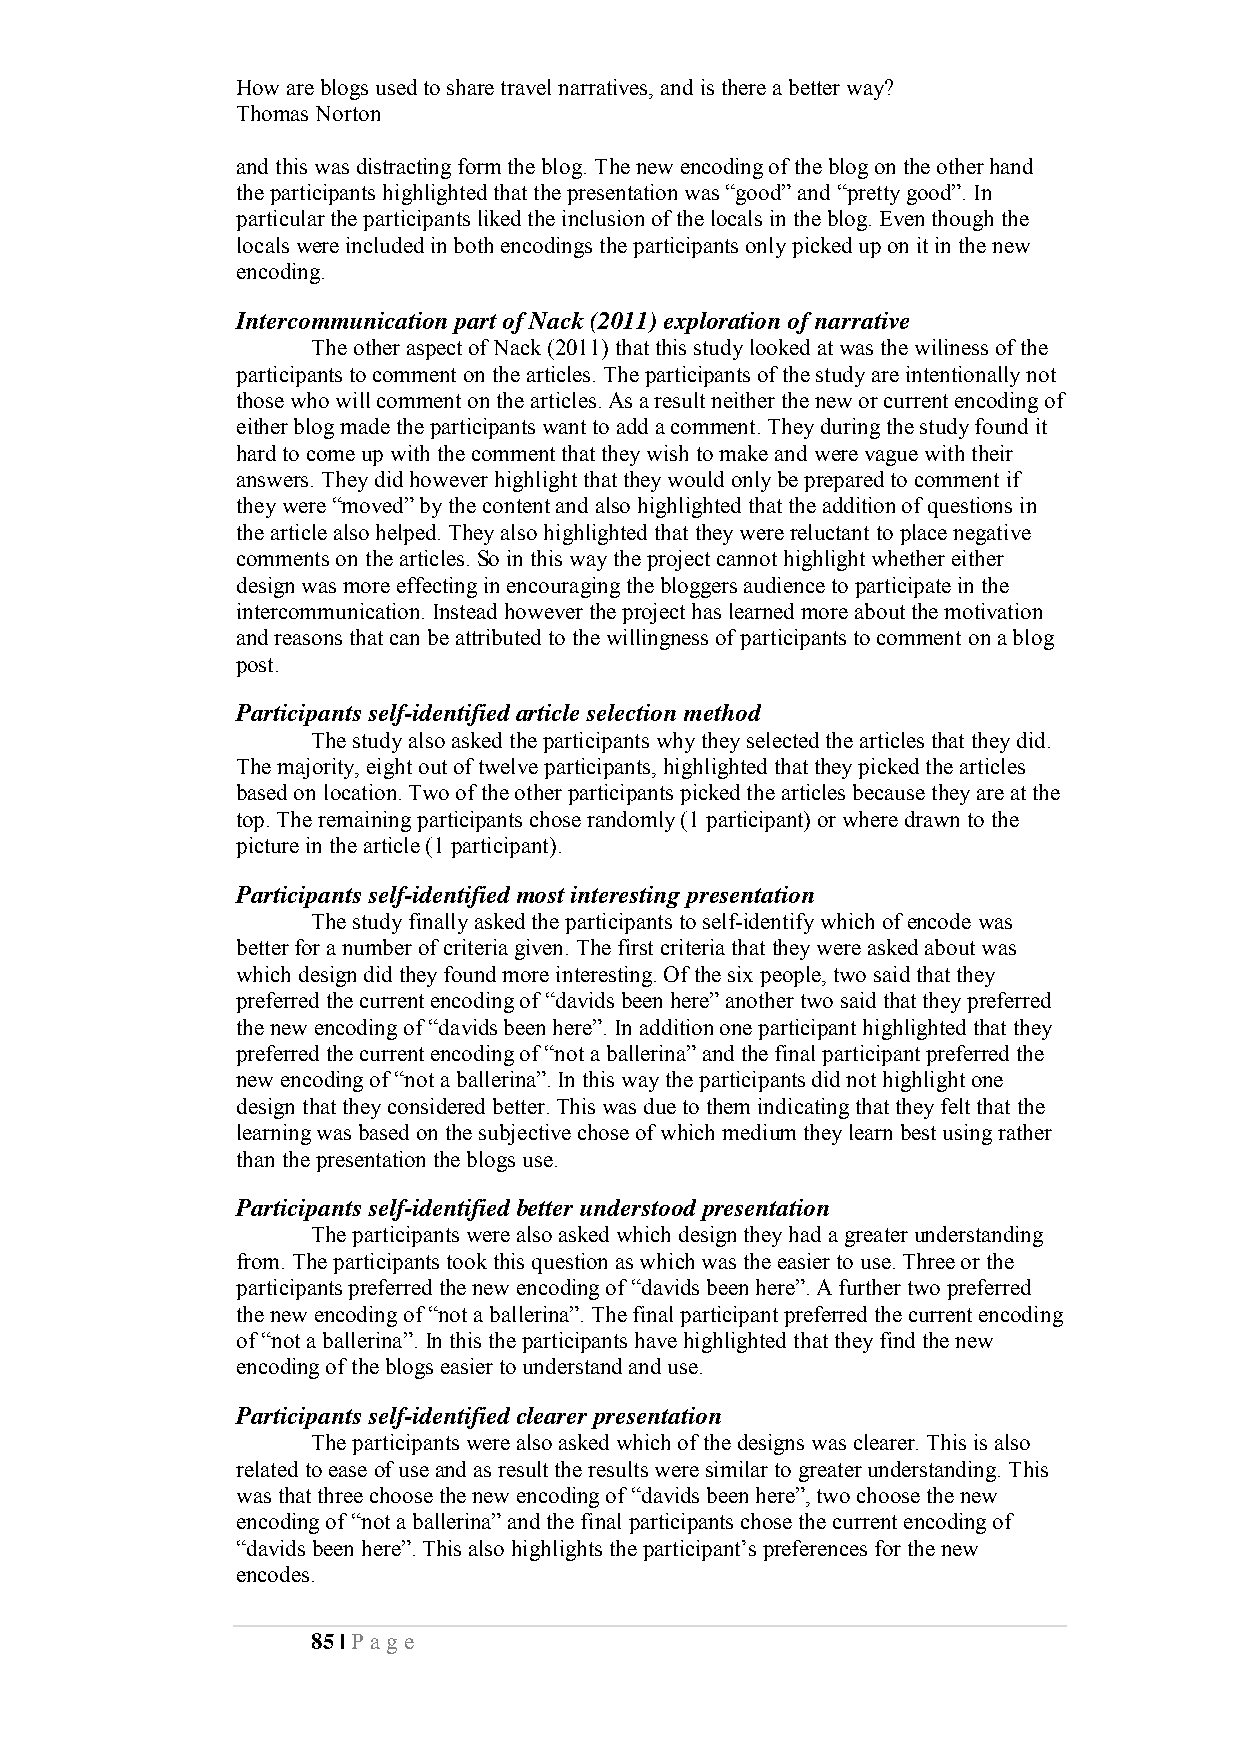
How are blogs used to share travel narratives, and is there a better way?
 Thomas Norton
 and this was distracting form the blog. The new encoding of the blog on the other hand
 the participants highlighted that the presentation was “good” and “pretty good”. In
 particular the participants liked the inclusion of the locals in the blog. Even though the
 locals were included in both encodings the participants only picked up on it in the new
 encoding.
 Intercommunication part of Nack (2011) exploration of narrative
 The other aspect of Nack (2011) that this study looked at was the wiliness of the
 participants to comment on the articles. The participants of the study are intentionally not
 those who will comment on the articles. As a result neither the new or current encoding of
 either blog made the participants want to add a comment. They during the study found it
 hard to come up with the comment that they wish to make and were vague with their
 answers. They did however highlight that they would only be prepared to comment if
 they were “moved” by the content and also highlighted that the addition of questions in
 the article also helped. They also highlighted that they were reluctant to place negative
 comments on the articles. So in this way the project cannot highlight whether either
 design was more effecting in encouraging the bloggers audience to participate in the
 intercommunication. Instead however the project has learned more about the motivation
 and reasons that can be attributed to the willingness of participants to comment on a blog
 post.
 Participants self-identified article selection method
 The study also asked the participants why they selected the articles that they did.
 The majority, eight out of twelve participants, highlighted that they picked the articles
 based on location. Two of the other participants picked the articles because they are at the
 top. The remaining participants chose randomly (1 participant) or where drawn to the
 picture in the article (1 participant).
 Participants self-identified most interesting presentation
 The study finally asked the participants to self-identify which of encode was
 better for a number of criteria given. The first criteria that they were asked about was
 which design did they found more interesting. Of the six people, two said that they
 preferred the current encoding of “davids been here” another two said that they preferred
 the new encoding of “davids been here”. In addition one participant highlighted that they
 preferred the current encoding of “not a ballerina” and the final participant preferred the
 new encoding of “not a ballerina”. In this way the participants did not highlight one
 design that they considered better. This was due to them indicating that they felt that the
 learning was based on the subjective chose of which medium they learn best using rather
 than the presentation the blogs use.
 Participants self-identified better understood presentation
 The participants were also asked which design they had a greater understanding
 from. The participants took this question as which was the easier to use. Three or the
 participants preferred the new encoding of “davids been here”. A further two preferred
 the new encoding of “not a ballerina”. The final participant preferred the current encoding
 of “not a ballerina”. In this the participants have highlighted that they find the new
 encoding of the blogs easier to understand and use.
 Participants self-identified clearer presentation
 The participants were also asked which of the designs was clearer. This is also
 related to ease of use and as result the results were similar to greater understanding. This
 was that three choose the new encoding of “davids been here”, two choose the new
 encoding of “not a ballerina” and the final participants chose the current encoding of
 “davids been here”. This also highlights the participant’s preferences for the new
 encodes.
 85 | Pa ge